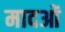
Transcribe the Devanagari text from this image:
मादओं